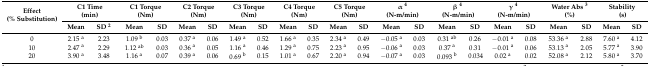
| <ROWSPAN=2> Effect (% Substitution) | <COLSPAN=2> C1 Time (min) | <COLSPAN=2> C1 Torque (Nm) | <COLSPAN=2> C2 Torque (Nm) | <COLSPAN=2> C3 Torque (Nm) | <COLSPAN=2> C4 Torque (Nm) | <COLSPAN=2> C5 Torque (Nm) | <COLSPAN=2> α 4 (N-m/min) | <COLSPAN=2> β 4 (N-m/min) | <COLSPAN=2> γ 4 (N-m/min) | <COLSPAN=2> Water Abs 3 (%) | <COLSPAN=2> Stability (s) |
 | Mean | SD 2 | Mean | SD | Mean | SD | Mean | SD | Mean | SD | Mean | SD | Mean | SD | Mean | SD | Mean | SD | Mean | SD | Mean | SD |
 | --- | --- | --- | --- | --- | --- | --- | --- | --- | --- | --- | --- | --- | --- | --- | --- | --- | --- | --- | --- | --- | --- | --- |
 | 0 | 2.15 a | 2.23 | 1.09 b | 0.03 | 0.37 a | 0.06 | 1.49 a | 0.52 | 1.66 a | 0.35 | 2.34 a | 0.49 | −0.05 a | 0.03 | 0.31 ab | 0.26 | −0.01 a | 0.08 | 53.36 a | 2.88 | 7.60 a | 4.12 |
 | 10 | 2.47 a | 2.29 | 1.12 ab | 0.03 | 0.36 a | 0.05 | 1.16 a | 0.46 | 1.29 a | 0.75 | 2.23 a | 0.95 | −0.06 a | 0.03 | 0.37 a | 0.31 | −0.01 a | 0.06 | 53.13 a | 2.05 | 5.77 a | 3.90 |
 | 20 | 3.90 a | 3.48 | 1.16 a | 0.07 | 0.39 a | 0.06 | 0.69 b | 0.15 | 1.01 a | 0.67 | 2.20 a | 0.94 | −0.07 a | 0.03 | 0.093 b | 0.034 | 0.02 a | 0.02 | 52.08 a | 2.12 | 5.80 a | 3.70 |